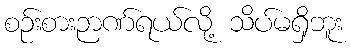
စဉ်းစားဉာဏ်ရယ်လို့ သိပ်မရှိဘူး